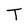
Character: T